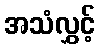
အသံလွှင့်